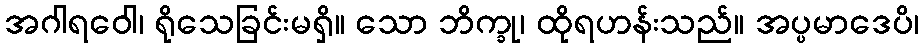
အဂါရဝေါ၊ ရိုသေခြင်းမရှိ။ သော ဘိက္ခု၊ ထိုရဟန်းသည်။ အပ္ပမာဒေပိ၊